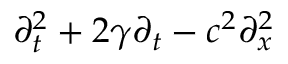
\partial _ { t } ^ { 2 } + 2 \gamma \partial _ { t } - c ^ { 2 } \partial _ { x } ^ { 2 }